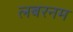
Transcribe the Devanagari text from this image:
लबरनम